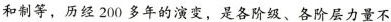
和制等，历经200多年的演变，是各阶级、各阶层力量不